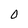
Character: O